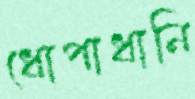
ধোপাধানি